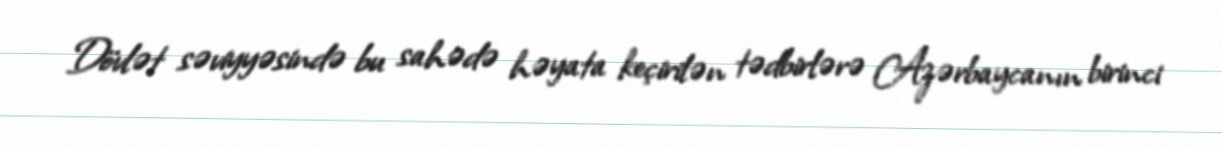
Dövlət səviyyəsində bu sahədə həyata keçirilən tədbirlərə Azərbaycanın birinci